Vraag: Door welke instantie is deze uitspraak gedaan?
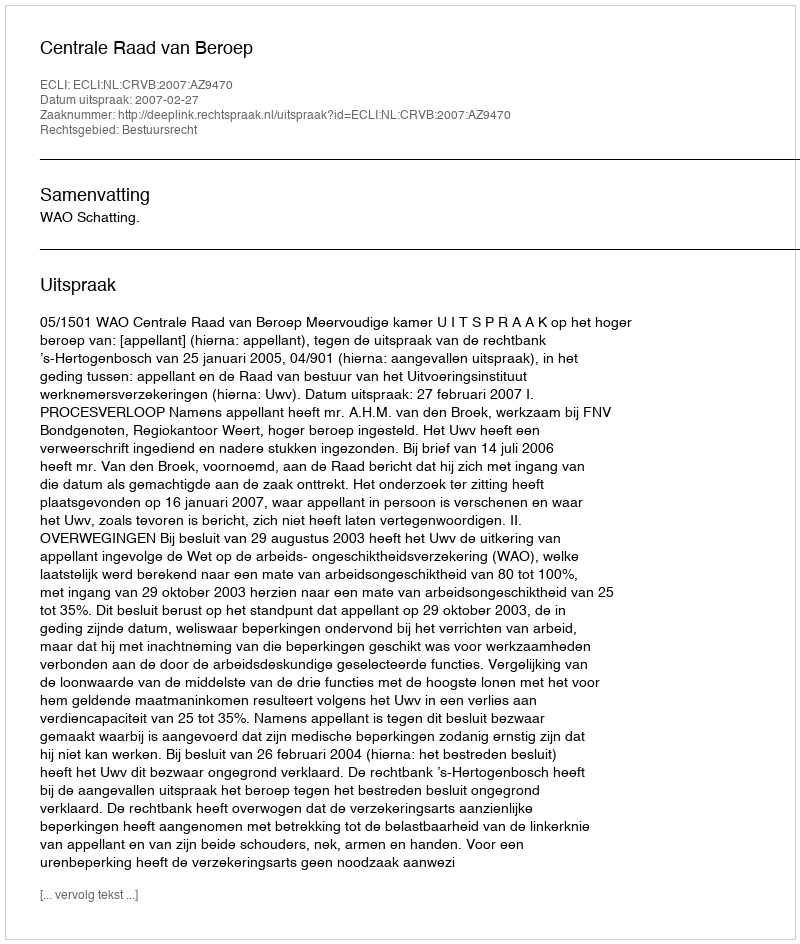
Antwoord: Centrale Raad van Beroep